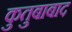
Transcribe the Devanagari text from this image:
कुतुबाबाद